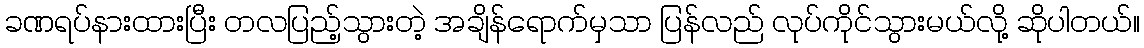
ခဏရပ်နားထားပြီး တလပြည့်သွားတဲ့ အချိန်ရောက်မှသာ ပြန်လည် လုပ်ကိုင်သွားမယ်လို့ ဆိုပါတယ်။